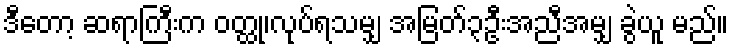
ဒီတော့ ဆရာကြီးက ဝတ္ထု၊လုပ်ရသမျှ အမြတ်၃ဦးအညီအမျှ ခွဲယူ မည်။